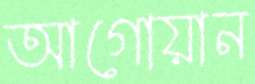
আগোয়ান